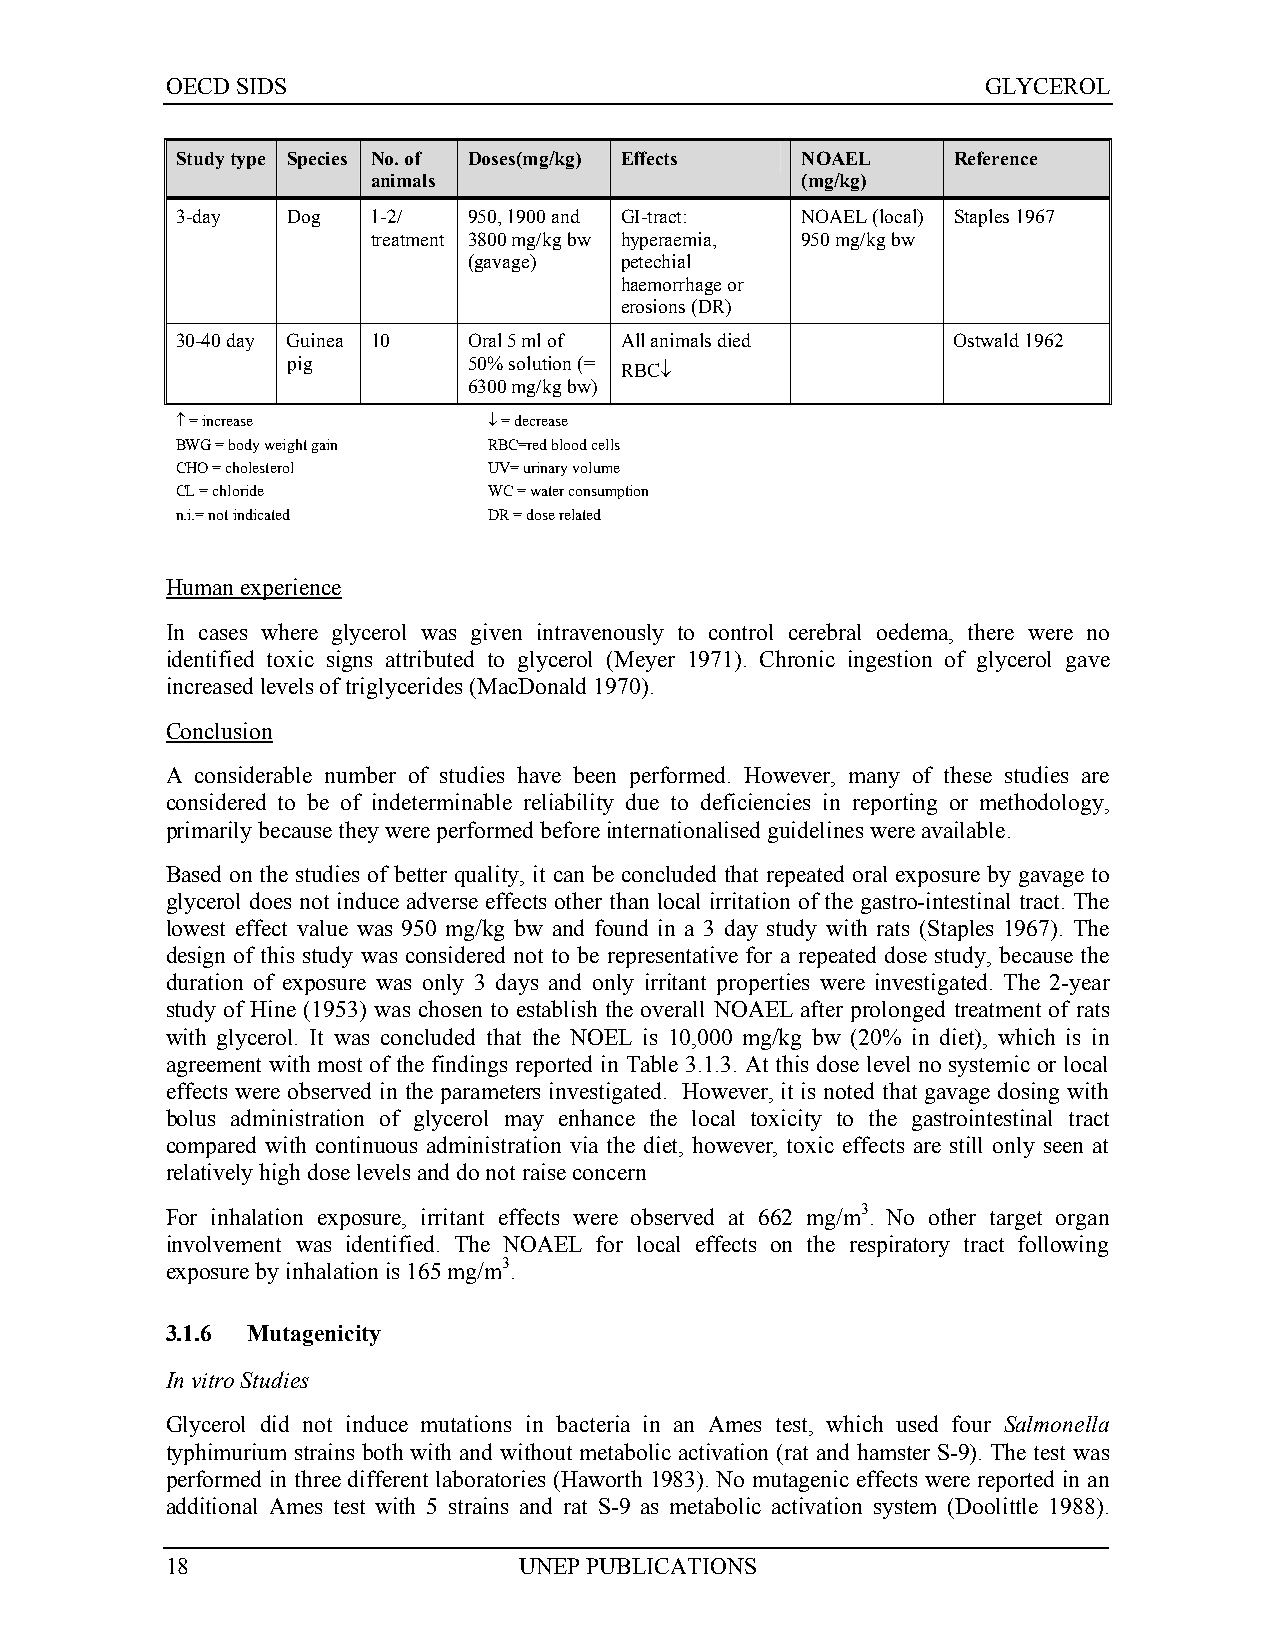
OECD SIDS                                             GLYCEROL
 Study type Species No. of Doses(mg/kg) Effects NOAEL Reference
 animals                     (mg/kg)
 3-day  Dog   1-2/  950, 1900 and GI-tract: NOAEL (local) Staples 1967
 treatment 3800 mg/kg bw hyperaemia, 950 mg/kg bw
 (gavage)  petechial
 haemorrhage or
 erosions (DR)
 30-40 day Guinea 10 Oral 5 ml of All animals died  Ostwald 1962
 pig         50% solution (=
 RBC↓
 6300 mg/kg bw)
 ↑ = increase        ↓ = decrease
 BWG = body weight gain RBC=red blood cells
 CHO = cholesterol   UV= urinary volume
 CL = chloride       WC = water consumption
 n.i.= not indicated DR = dose related
 Human experience
 In cases where glycerol was given intravenously to control cerebral oedema, there were no
 identified toxic signs attributed to glycerol (Meyer 1971). Chronic ingestion of glycerol gave
 increased levels of triglycerides (MacDonald 1970).
 Conclusion
 A considerable number of studies have been performed. However, many of these studies are
 considered to be of indeterminable reliability due to deficiencies in reporting or methodology,
 primarily because they were performed before internationalised guidelines were available.
 Based on the studies of better quality, it can be concluded that repeated oral exposure by gavage to
 glycerol does not induce adverse effects other than local irritation of the gastro-intestinal tract. The
 lowest effect value was 950 mg/kg bw and found in a 3 day study with rats (Staples 1967). The
 design of this study was considered not to be representative for a repeated dose study, because the
 duration of exposure was only 3 days and only irritant properties were investigated. The 2-year
 study of Hine (1953) was chosen to establish the overall NOAEL after prolonged treatment of rats
 with glycerol. It was concluded that the NOEL is 10,000 mg/kg bw (20% in diet), which is in
 agreement with most of the findings reported in Table 3.1.3. At this dose level no systemic or local
 effects were observed in the parameters investigated. However, it is noted that gavage dosing with
 bolus administration of glycerol may enhance the local toxicity to the gastrointestinal tract
 compared with continuous administration via the diet, however, toxic effects are still only seen at
 relatively high dose levels and do not raise concern
 For inhalation exposure, irritant effects were observed at 662 mg/m3. No other target organ
 involvement was identified. The NOAEL for local effects on the respiratory tract following
 exposure by inhalation is 165 mg/m3.
 3.1.6 Mutagenicity
 In vitro Studies
 Glycerol did not induce mutations in bacteria in an Ames test, which used four Salmonella
 typhimurium strains both with and without metabolic activation (rat and hamster S-9). The test was
 performed in three different laboratories (Haworth 1983). No mutagenic effects were reported in an
 additional Ames test with 5 strains and rat S-9 as metabolic activation system (Doolittle 1988).
 18                     UNEP PUBLICATIONS